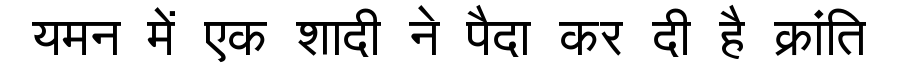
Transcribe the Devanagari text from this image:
यमन में एक शादी ने पैदा कर दी है क्रांति